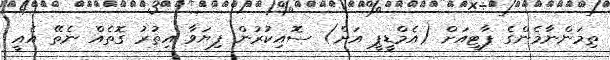
ތިމަންނާމެންގެ ޕާޓީއަށް (އެމްޑީޕީ އަށް) ސޮއިކުރުން ފިޔަވާ އިތުރު ގޮތެއް ނެތޭ އެއީ